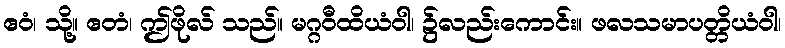
ဧဝံ၊ သို့။ ဧတံ၊ ဤဖိုလ် သည်။ မဂ္ဂဝီထိယံဝါ၊ ၌လည်းကောင်း။ ဖလသမာပတ္တိယံဝါ၊